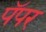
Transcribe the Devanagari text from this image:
पॅपर